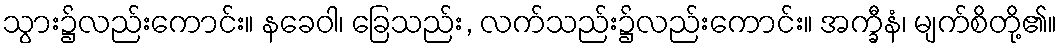
သွား၌လည်းကောင်း။ နခေဝါ၊ ခြေသည်း, လက်သည်း၌လည်းကောင်း။ အက္ခီနံ၊ မျက်စိတို့၏။